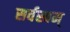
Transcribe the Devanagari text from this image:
सर्वस्वम्